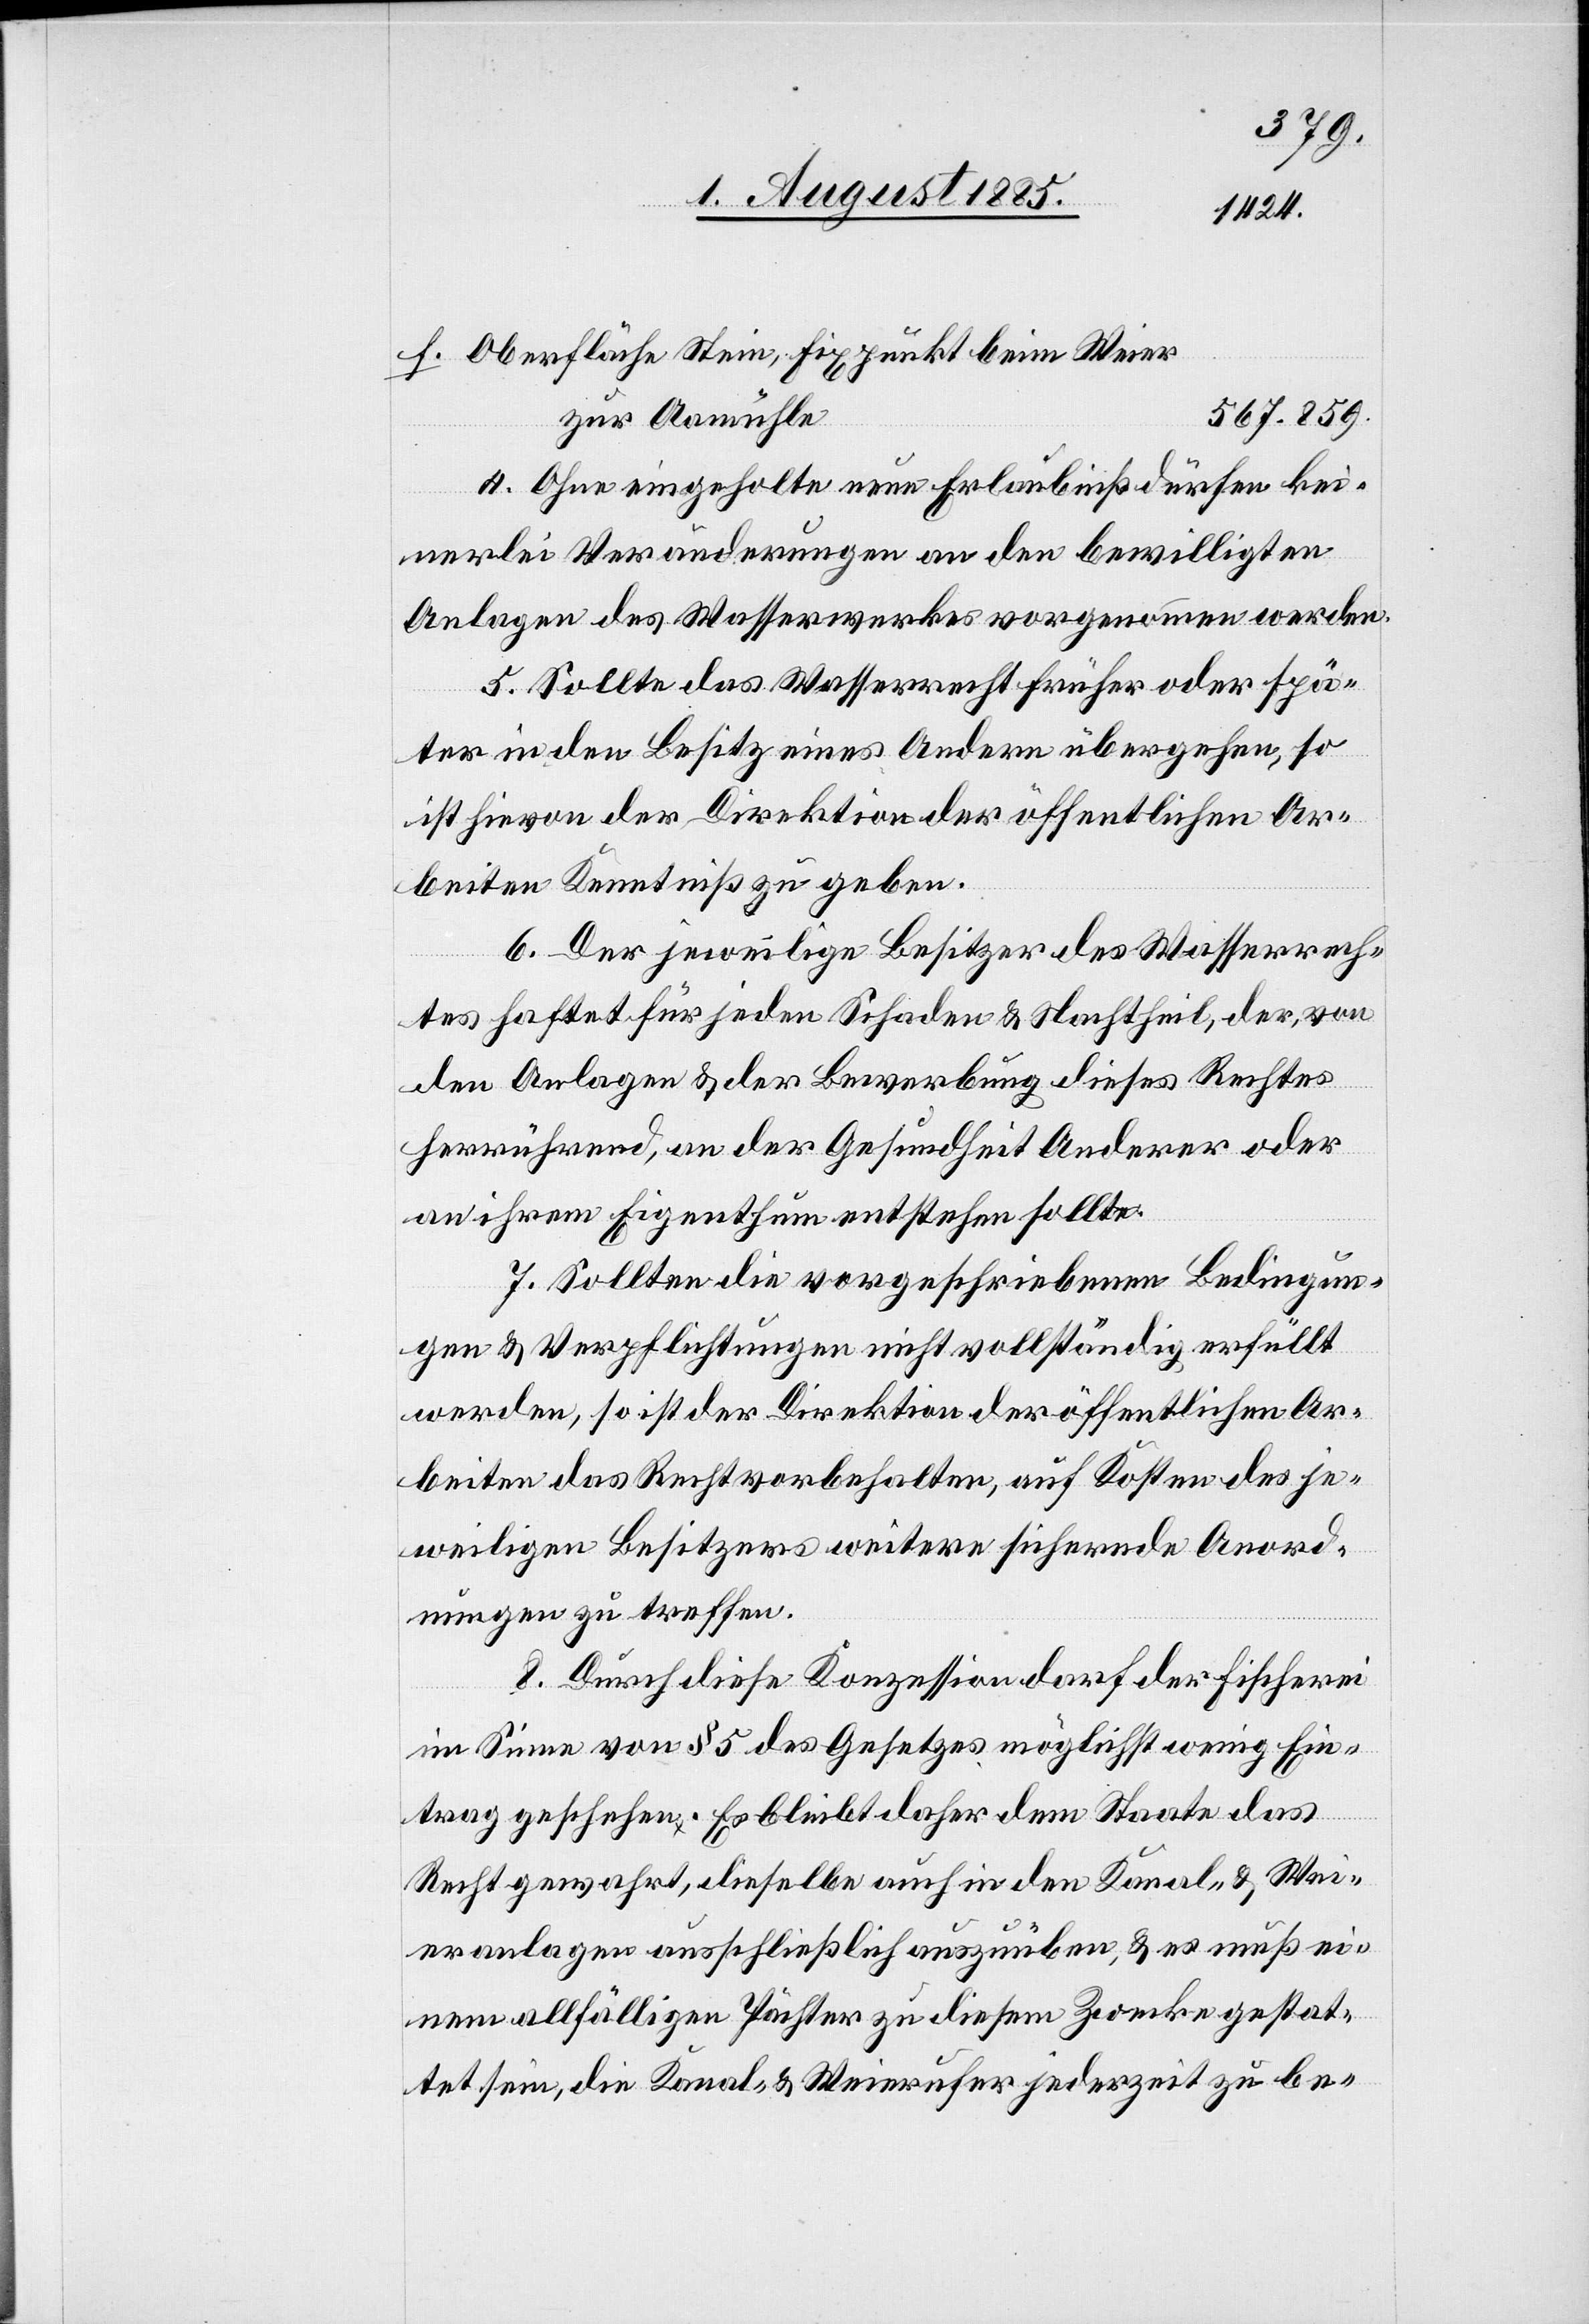
Oberfläche Stein, Fixpunkt beim Weier
567.859.
zur Aamühle
4. Ohne eingeholte neue Erlaubniß dürfen kei¬
nerlei Veränderungen an den bewilligten
Anlagen des Wasserwerkes vorgenommen werden.
5. Sollte das Wasserrecht früher oder spä¬
ter in den Besitz eines Andern übergehen, so
ist hievon der Direktion der öffentlichen Ar¬
beiten Kenntniß zu geben.
6. Der jeweilige Besitzer des Wasserrech¬
tes haftet für jeden Schaden & Nachtheil, der von
den Anlagen & der Bewerbung dieses Rechtes
herrührend, an der Gesundheit Anderer oder
an ihrem Eigenthum entstehen sollte.
7. Sollten die vorgeschriebenen Bedingun¬
gen & Verpflichtungen nicht vollständig erfüllt
werden, so ist der Direktion der öffentlichen Ar¬
beiten das Recht vorbehalten, auf Kosten des je¬
weiligen Besitzers weitere sichernde Anord¬
nungen zu treffen.
8. Durch diese Konzession darf der Fischerei
im Sinne von § 5 des Gesetzes möglichst wenig Ein¬
trag geschehen. Es bleibt daher dem Staate das
Recht gewahrt, dieselbe auch in den Kanal- & Wei¬
eranlagen ausschließlich auszuüben, & es muß ei¬
nem allfälligen Pächter zu diesem Zwecke gestat¬
tet sein, die Kanal- & Weierufer jederzeit zu be-